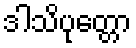
ဒါသိပုတ္တော